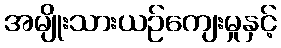
အမျိုးသားယဉ်ကျေးမှုနှင့်